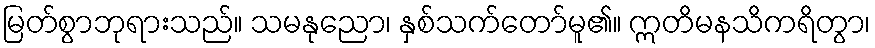
မြတ်စွာဘုရားသည်။ သမနုညော၊ နှစ်သက်တော်မူ၏။ ဣတိမနသိကရိတွာ၊